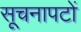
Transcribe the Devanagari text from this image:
सूचनापटों